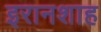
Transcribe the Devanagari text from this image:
इरानशाह